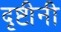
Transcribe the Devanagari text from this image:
दृष्टीनी